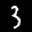
Label: 3